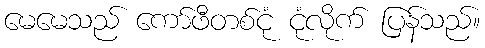
မေမေသည် ကော်ဖီတစ်ငုံ ငုံလိုက် ပြန်သည်။